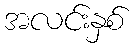
အလင်းနှစ်